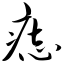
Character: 痣